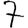
Digit: 7